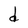
Character: d